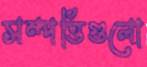
সম্পত্তিগুলো